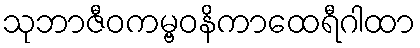
သုဘာဇီဝကမ္ဗဝနိကာထေရီဂါထာ